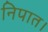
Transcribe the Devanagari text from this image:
निपात।